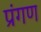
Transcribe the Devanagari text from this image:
प्रंगण